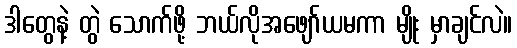
ဒါတွေနဲ့ တွဲ သောက်ဖို့ ဘယ်လိုအဖျော်ယမကာ မျိုး မှာချင်လဲ။